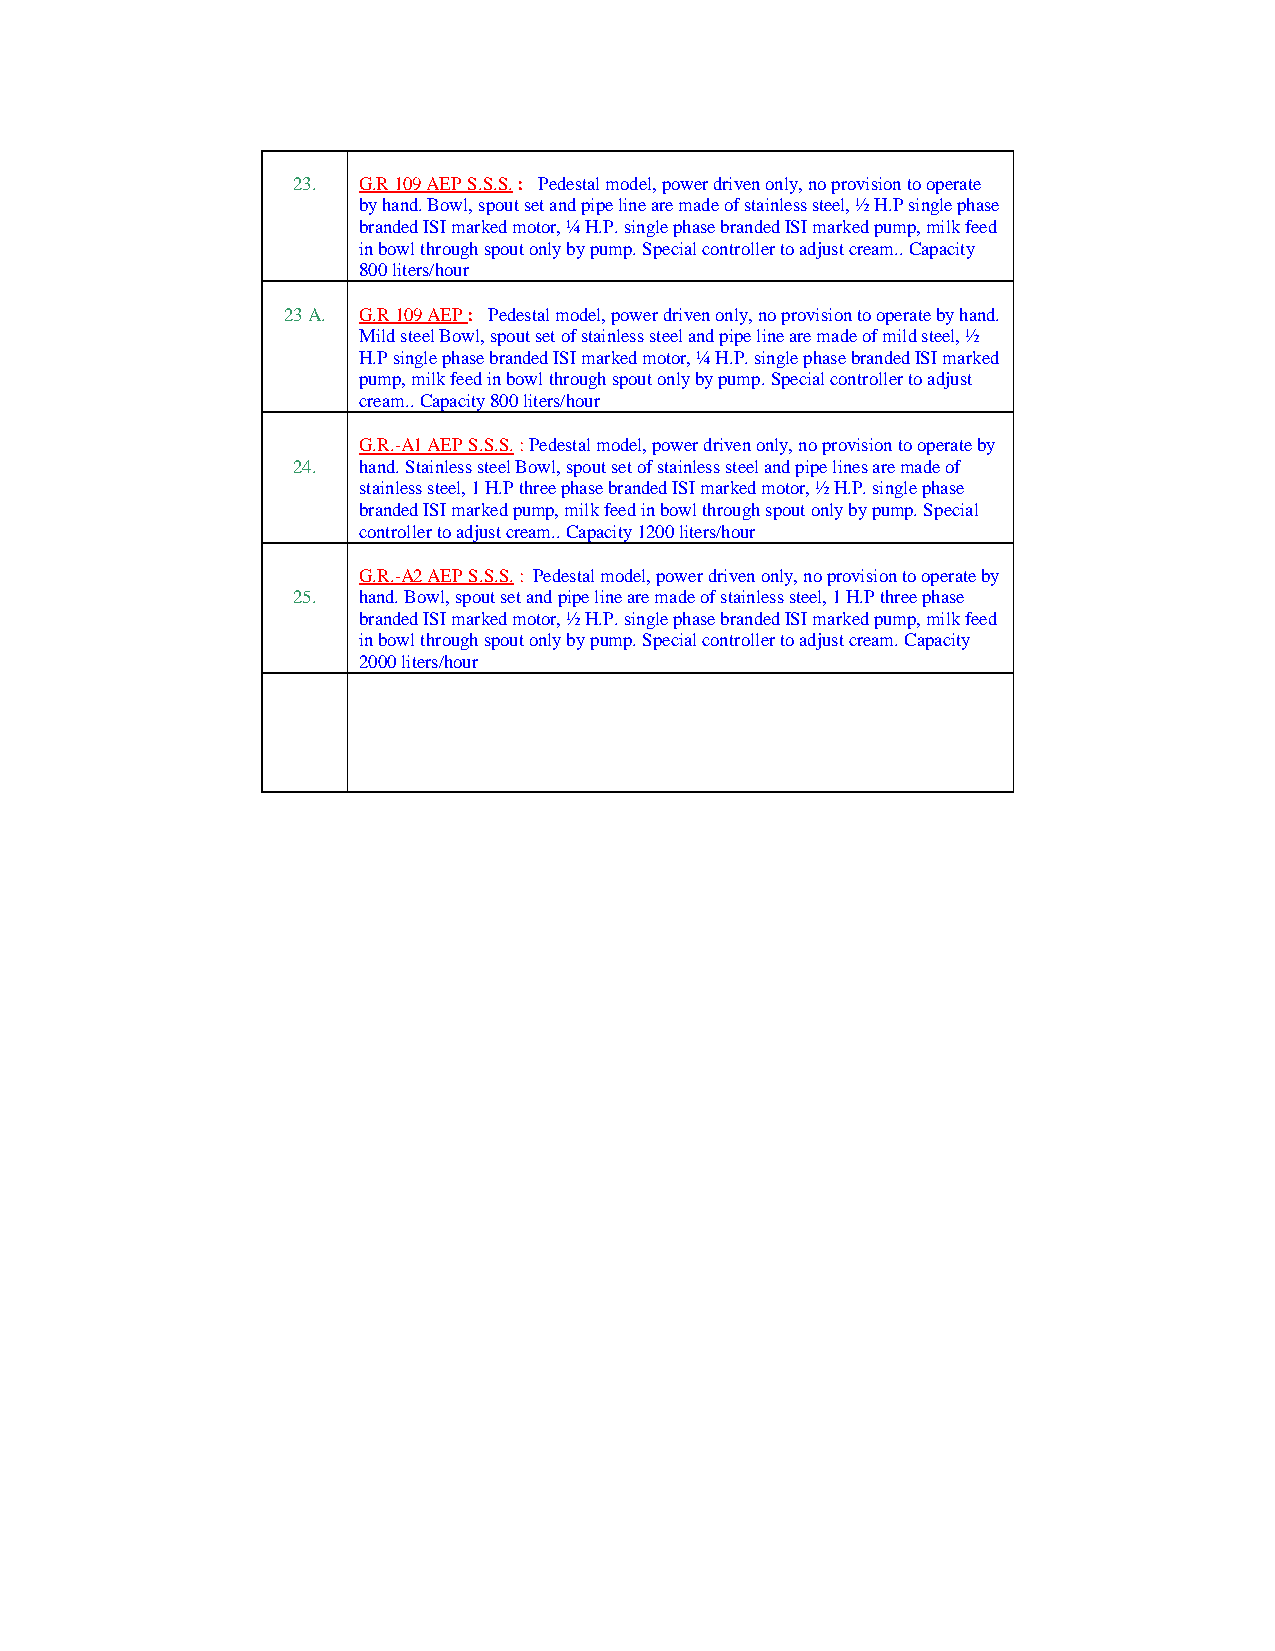
23.  G.R 109 AEP S.S.S. : Pedestal model, power driven only, no provision to operate
 by hand. Bowl, spout set and pipe line are made of stainless steel, ½ H.P single phase
 branded ISI marked motor, ¼ H.P. single phase branded ISI marked pump, milk feed
 in bowl through spout only by pump. Special controller to adjust cream.. Capacity
 800 liters/hour
 23 A. G.R 109 AEP : Pedestal model, power driven only, no provision to operate by hand.
 Mild steel Bowl, spout set of stainless steel and pipe line are made of mild steel, ½
 H.P single phase branded ISI marked motor, ¼ H.P. single phase branded ISI marked
 pump, milk feed in bowl through spout only by pump. Special controller to adjust
 cream.. Capacity 800 liters/hour
 G.R.-A1 AEP S.S.S. : Pedestal model, power driven only, no provision to operate by
 24.  hand. Stainless steel Bowl, spout set of stainless steel and pipe lines are made of
 stainless steel, 1 H.P three phase branded ISI marked motor, ½ H.P. single phase
 branded ISI marked pump, milk feed in bowl through spout only by pump. Special
 controller to adjust cream.. Capacity 1200 liters/hour
 G.R.-A2 AEP S.S.S. : Pedestal model, power driven only, no provision to operate by
 25.  hand. Bowl, spout set and pipe line are made of stainless steel, 1 H.P three phase
 branded ISI marked motor, ½ H.P. single phase branded ISI marked pump, milk feed
 in bowl through spout only by pump. Special controller to adjust cream. Capacity
 2000 liters/hour